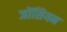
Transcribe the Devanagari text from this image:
जोंसियन